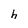
Character: h